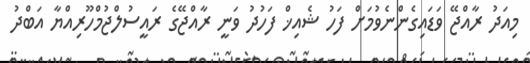
މިއަދު ރާއްޖޭ ވަޑައިގެންނެވުމަށް ފަހު ޝެއިޚް ފަހުދު ވަނީ ރާއްޖޭގެ ރައީސުލްޖުމްހޫރިއްޔާ އަބްދު